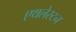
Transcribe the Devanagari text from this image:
एथलेस्टन